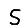
Digit: 5